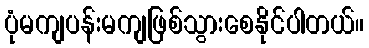
ပုံမကျပန်းမကျဖြစ်သွားစေနိုင်ပါတယ်။